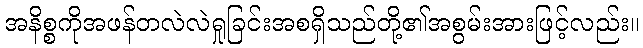
အနိစ္စကိုအဖန်တလဲလဲရှုခြင်းအစရှိသည်တို့၏အစွမ်းအားဖြင့်လည်း။